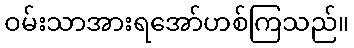
ဝမ်းသာအားရအော်ဟစ်ကြသည်။